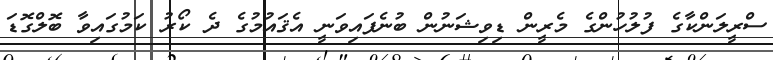
ސްރީލަންކާގެ ފުލުހުންގެ މެރީން ޑިވިޝަނުން ބުނެފައިވަނީ އެޤައުމުގެ ދެ ކޯރު ކަމުގައިވާ ބޮލްގޮޑަ